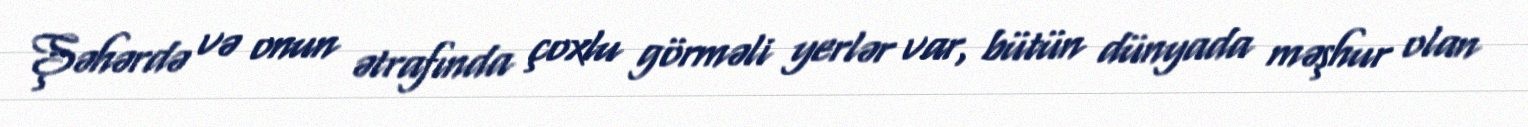
Şəhərdə və onun ətrafında çoxlu görməli yerlər var, bütün dünyada məşhur olan